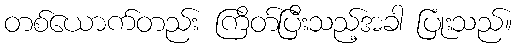
တစ်ယောက်တည်း ကြိတ်ပြီးသည့်အခါ ပြုံးသည်။